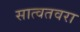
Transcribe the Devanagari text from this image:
सात्वतवरा